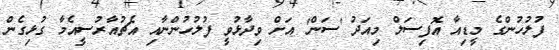
ފުލުހުންގެ މީޑިއާ އޮފިސަލް މިއަދު 'ސަން' އަށް ވިދާޅުވީ ފުލުހުންނާއި އެޗުއާރުސީއެމާ ގުޅިގެން